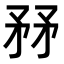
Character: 𥍤